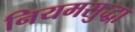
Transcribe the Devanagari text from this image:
नियमसुद्धा